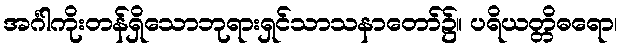
အင်္ဂါကိုးတန်ရှိသောဘုရားရှင်သာသနာတော်၌။ ပရိယတ္တိဓရော၊